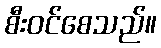
စီးဝင်စေသည်။